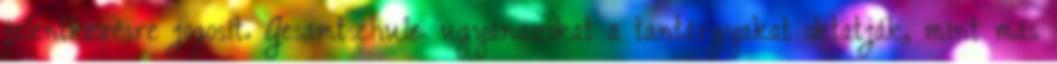
jelentkezésre jogosít. Gesamtschule: ugyanazokat a tantárgyakat oktatják, mint más